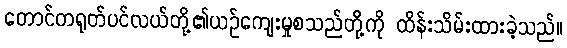
တောင်တရုတ်ပင်လယ်တို့၏ယဉ်ကျေးမှုစသည်တို့ကို ထိန်းသိမ်းထားခဲ့သည်။